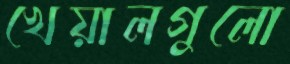
খেয়ালগুলো